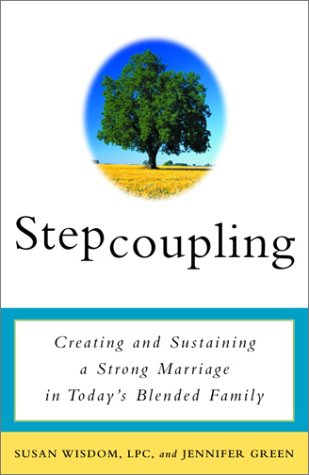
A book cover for Stepcoupling: Creating and Sustaining a Strong Marriage in Today's Blended Family; Susan Wisdom; Parenting & Relationships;